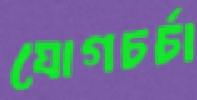
যোগচর্চা